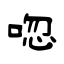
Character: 唿